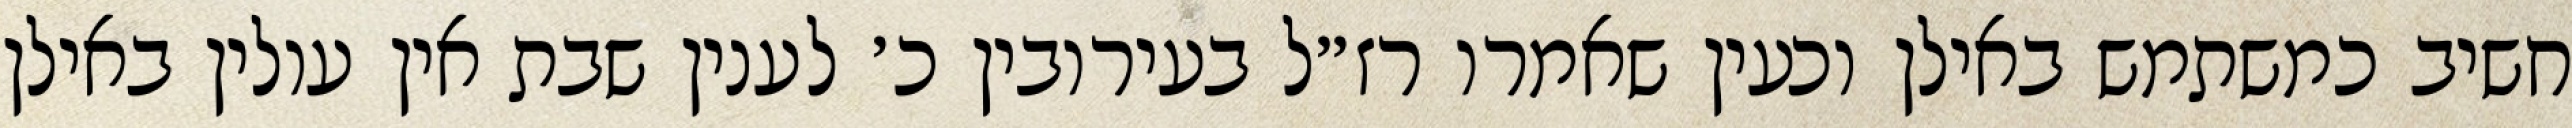
חשיב כמשתמש באילן וכעין שאמרו רז״ל בעירובין כ׳ לענין שבת אין עולין באילן